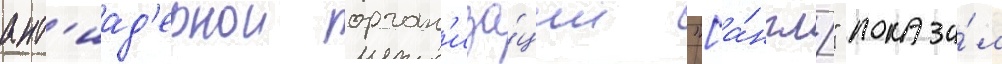
ант'иад'ернои орган'иза́ции "[а́нгл." показа́л